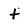
Character: t